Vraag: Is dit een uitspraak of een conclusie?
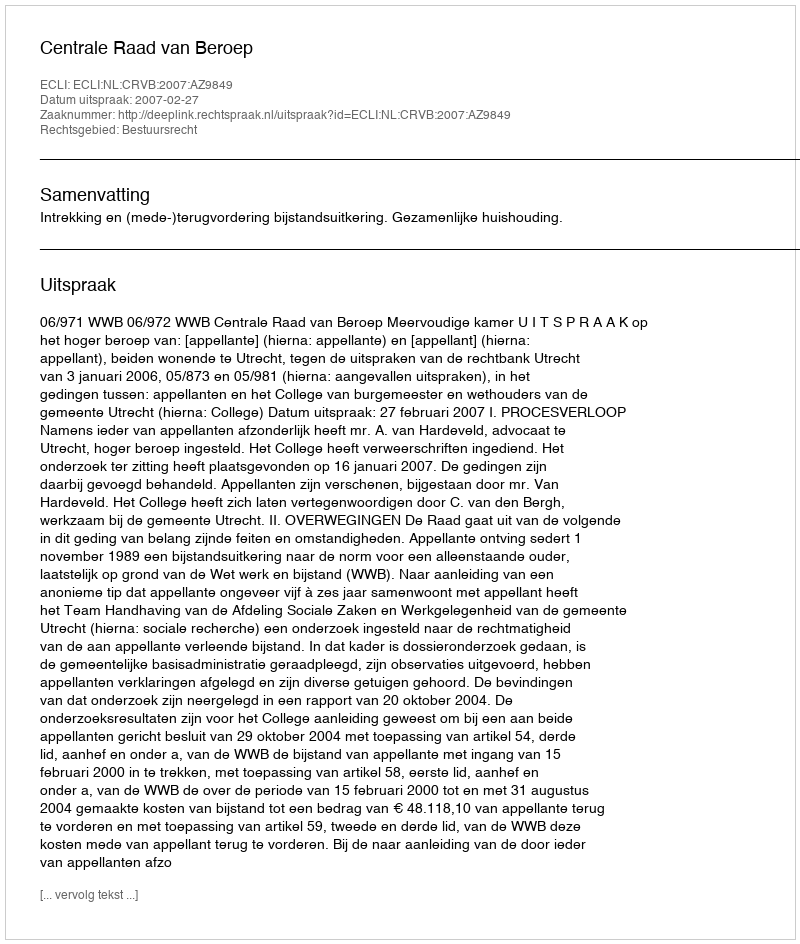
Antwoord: Uitspraak